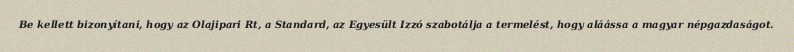
Be kellett bizonyítani, hogy az Olajipari Rt, a Standard, az Egyesült Izzó szabotálja a termelést, hogy aláássa a magyar népgazdaságot.